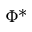
\Phi ^ { * }